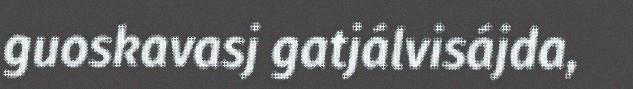
guoskavasj gatjálvisájda,